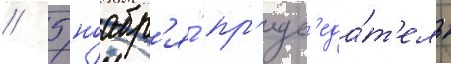
// 5 ноабр'я́ пр'едс'еда́т'ель